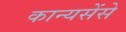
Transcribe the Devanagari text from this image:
कान्यसेंसे